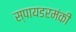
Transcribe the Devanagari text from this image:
स्पायडरमंकी